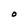
Character: O